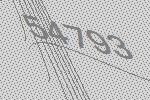
54793